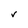
Character: V